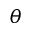
\theta